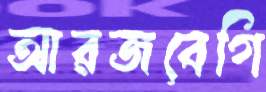
আরজবেগি